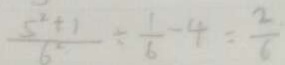
\frac { 5 ^ { 2 } + 1 } { 6 } \div \frac { 1 } { 6 } - 4 = \frac { 2 } { 6 }